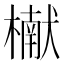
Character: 𬄬